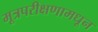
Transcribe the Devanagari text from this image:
मूत्रपरीक्षणामधून